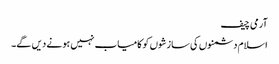
آرمی چیف
اسلام دشمنوں کی سازشوں کو کامیاب نہیں ہونے دیں گے۔